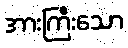
အားကြီးသော